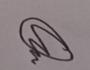
Signature authenticity: genuine